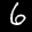
Label: 6